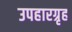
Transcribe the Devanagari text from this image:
उपहारग्रृह